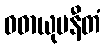
ဝဓာယုပနီတံ